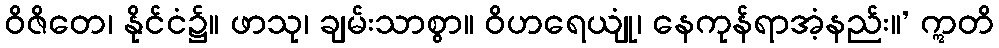
ဝိဇိတေ၊ နိုင်ငံ၌။ ဖာသု၊ ချမ်းသာစွာ။ ဝိဟရေယျုံ၊ နေကုန်ရာအံ့နည်း။’ ဣတိ